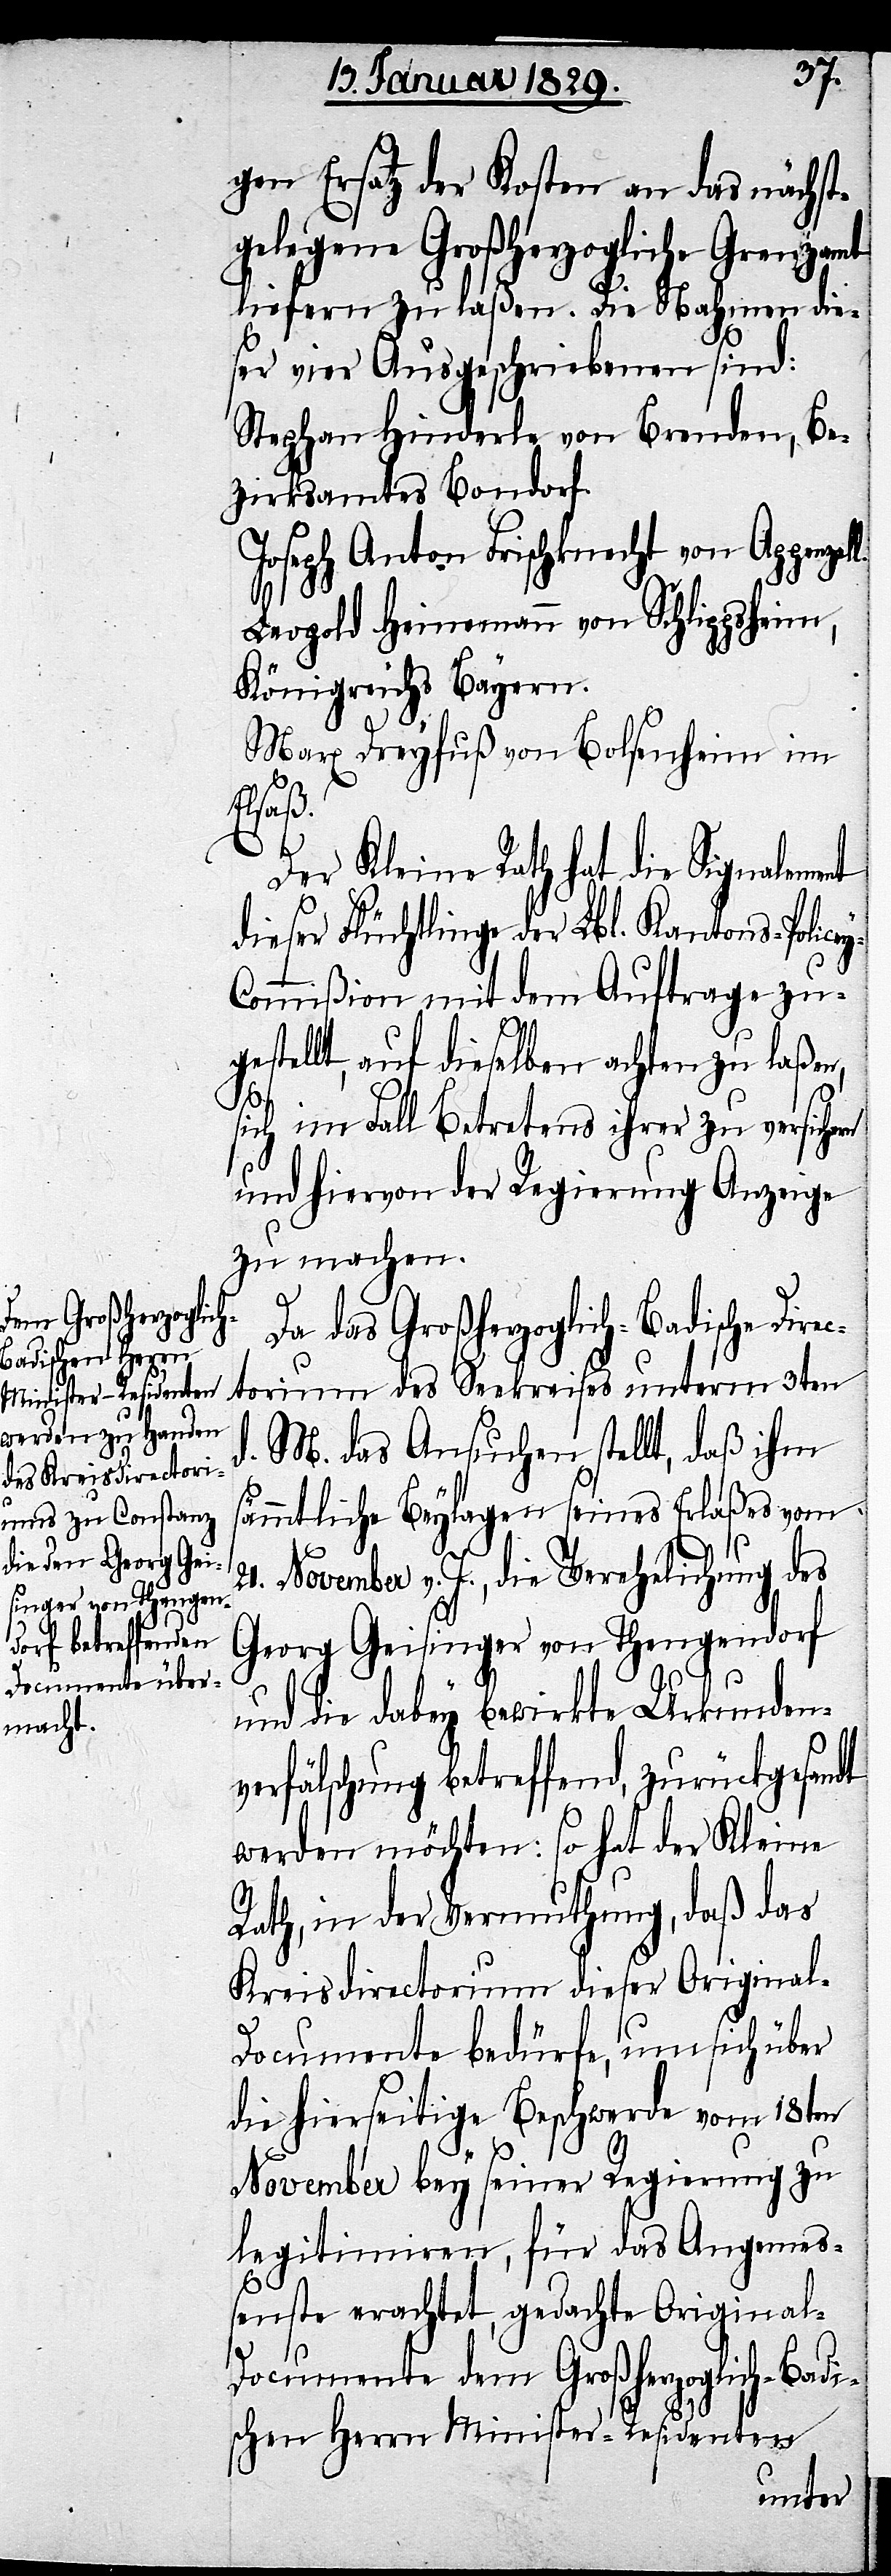
gen Ersatz der Kosten an das nächst¬
gelegene Großherzogliche Grenzamt
liefern zu laßen. Die Nahmen die¬
ser vier Ausgeschriebenen sind:
Stephan Hinderle von Brenden, Be¬
zirksamtes Bondorf.
Joseph Anton Frischknecht von Appenzel¬
Leopold Heinemann von Schlippsheim,
Königreich Bayern.
y-C¬
Marx Dreyfuss von Bolsenheim im
Elsaß.
Der Kleine Rath hat die Signalement
dieser Flüchtlinge der Lbl. Kantons-Police¬
ommißion mit dem Auftrag zu¬
gestellt, auf dieselben achten zu laßen,
des
sich im Fall Betretens ihrer zu versichern
und hiervon der Regierung Anzeige
zu machen.
Da das Großherzoglich-Badische
d. M. das Ansuchen stellt, daß ihm
sämmtliche Beylagen seines Erlaßes vom
21. November v. J., die Verehelichung des
Georg Geisinger von Thengendorf
und die dabey bewirkte Urkunden¬
verfälschung betreffend, zurückgesandt
werden möchten: so hat der Kleine
Rath, in der Vermuthung, daß das
Kreisdirectorium dieser Original-D¬
ocumente bedürfe, um sich über
die hierseitige Beschwerde vom 18ten
November bey seiner Regierung zu
legitimiren, für das Angemeß¬
enste erachtet, gedachte Original-D¬
ocumente dem Großherzoglich-Badi¬
schen Herrn Minister-Residenten
unterm